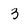
Character: 3